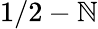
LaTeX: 1/2-\mathbb{N}